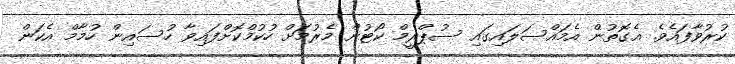
ކުރުވާފައެވެ. އެގޮތުން އެމައްސަލައިގައި ސުޕްރީމް ކޯޓުން މެރުމަށް ހުކުމްކޮށްފައިވާ ހުސައިން ހުމާމް އެކަން